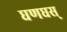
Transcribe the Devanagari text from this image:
घणघस्